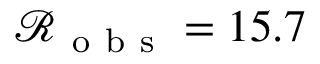
\mathcal { R } _ { \mathrm { ~ o ~ b ~ s ~ } } = 1 5 . 7